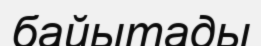
байытады